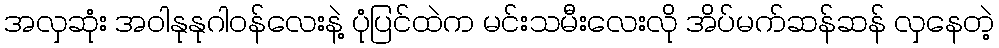
အလှဆုံး အဝါနုနုဂါဝန်လေးနဲ့ ပုံပြင်ထဲက မင်းသမီးလေးလို အိပ်မက်ဆန်ဆန် လှနေတဲ့